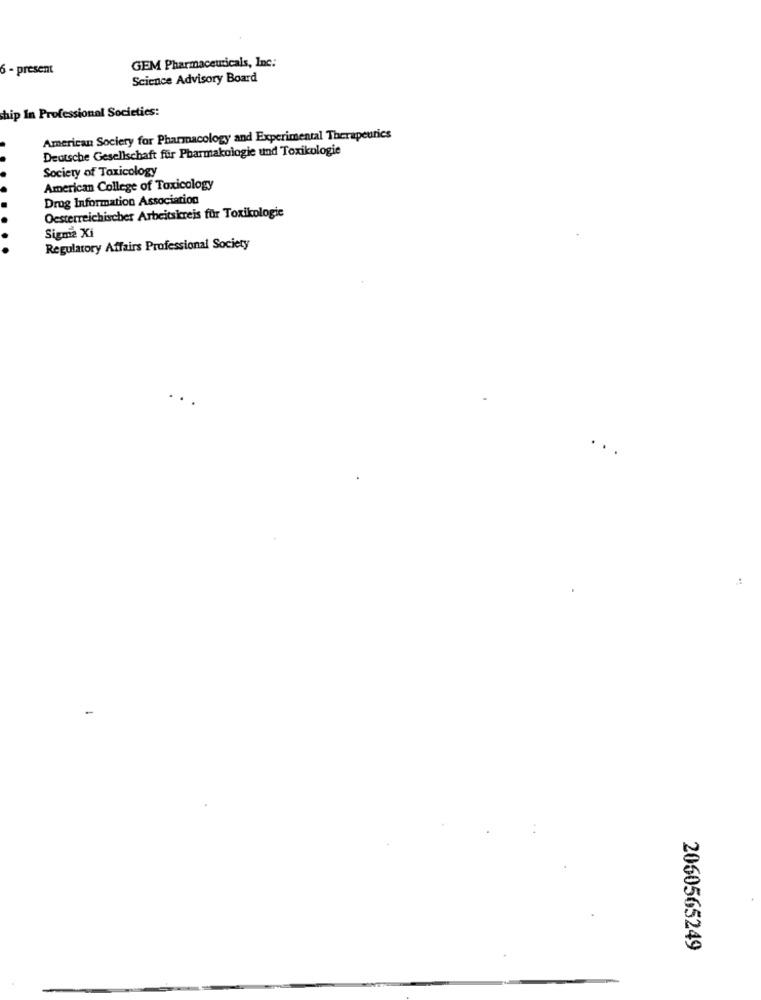
GEM Pharmaceuticals, Inc:
6 - present
Science Advisory Board
hip In Professional Societies:
American Society for Pharmacology and Experimental Therapeutics
Deutsche Gesellschaft für Pharmakologie und Toxikologie
Society of Toxicology
American College of Toxicology
Drug Information Association
Oesterreichischer Arbeitskreis für Toxikologie
Sigma Xi
Regulatory Affairs Professional Society
2060565249